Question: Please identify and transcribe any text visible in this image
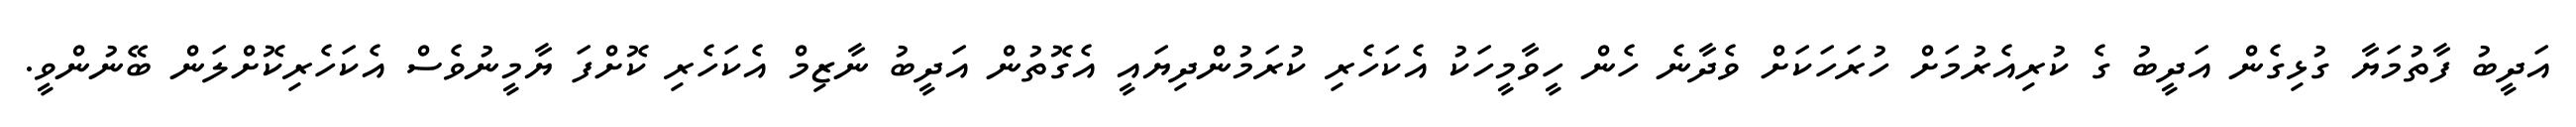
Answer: އަދީބު ފާތުމަޔާ ގުޅިގެން އަދީބު ގެ ކުރިއެރުމަށް ހުރަހަކަށް ވެދާނެ ހެން ހީވާމީހަކު އެކަހެރި ކުރަމުންދިޔައީ އެގޮތުން އަދީބު ނާޒިމް އެކަހެރި ކޮށްފަ ޔާމީނުވެސް އެކަހެރިކޮށްލަން ބޭނުންވީ.